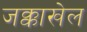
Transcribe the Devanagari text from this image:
जक्काखेल